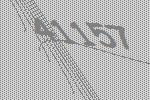
41157